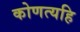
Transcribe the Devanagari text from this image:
कोणत्यहि